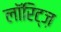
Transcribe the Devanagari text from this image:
लॉरिट्ज़